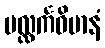
ပလ္လင်္ကဝိမာနံ